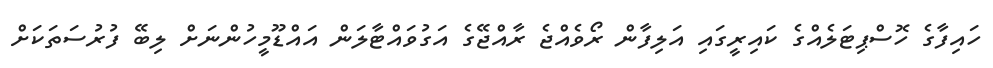
ހައިފާގެ ހޮސްޕިޓަލެއްގެ ކައިރީގައި އަލިފާން ރޯވެއްޖެ ރާއްޖޭގެ އަގުވައްޓާލަން އައްޑޫމީހުންނަށް ލިބޭ ފުރުސަތަކަށް